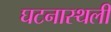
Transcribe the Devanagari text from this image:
घटनास्थली